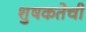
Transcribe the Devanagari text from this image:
शुषकतेची